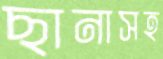
ছানাসহ